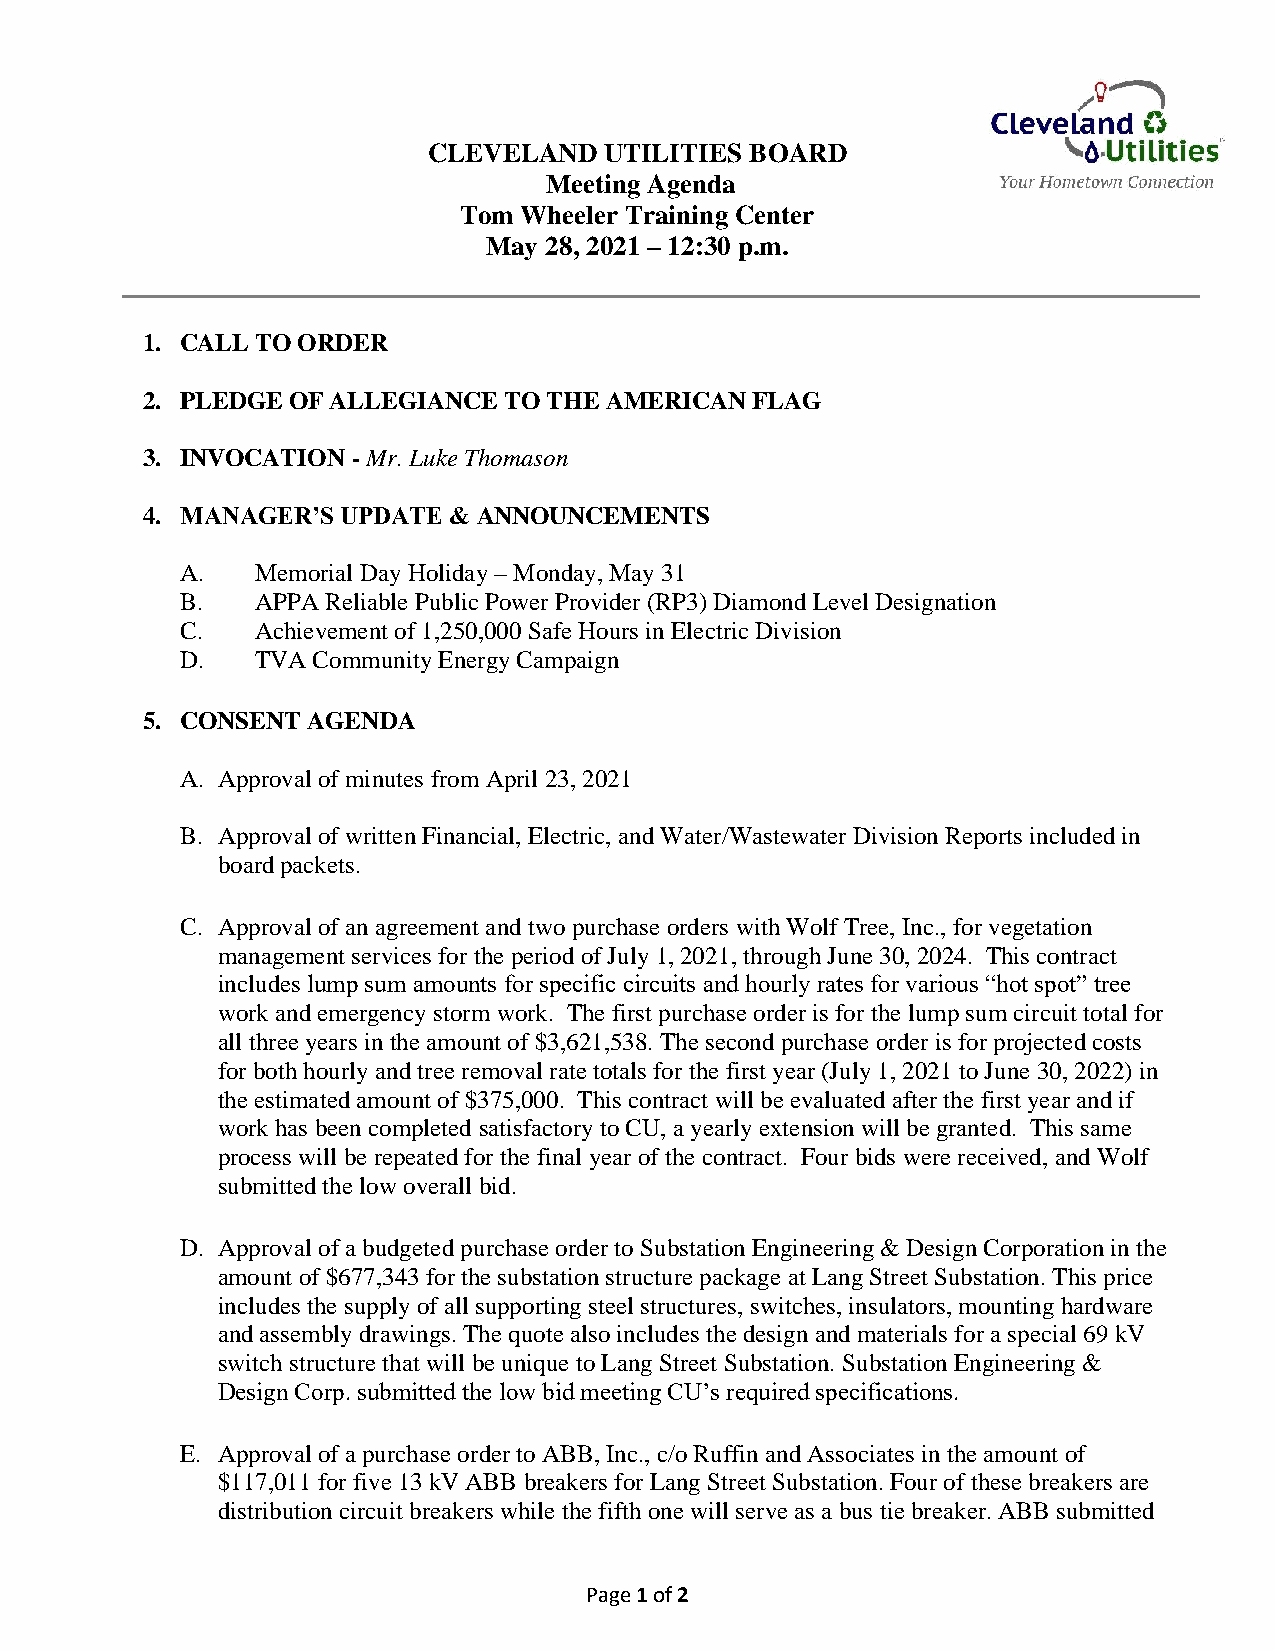
CLEVELAND   UTILITIES BOARD
 Meeting Agenda
 Tom  Wheeler Training Center
 May 28, 2021 – 12:30 p.m.
 1. CALL TO ORDER
 2. PLEDGE OF ALLEGIANCE TO THE AMERICAN  FLAG
 3. INVOCATION - Mr. Luke Thomason
 4. MANAGER’S  UPDATE & ANNOUNCEMENTS
 A.   Memorial Day Holiday – Monday, May 31
 B.   APPA Reliable Public Power Provider (RP3) Diamond Level Designation
 C.   Achievement of 1,250,000 Safe Hours in Electric Division
 D.   TVA Community Energy Campaign
 5. CONSENT AGENDA
 A. Approval of minutes from April 23, 2021
 B. Approval of written Financial, Electric, and Water/Wastewater Division Reports included in
 board packets.
 C. Approval of an agreement and two purchase orders with Wolf Tree, Inc., for vegetation
 management services for the period of July 1, 2021, through June 30, 2024. This contract
 includes lump sum amounts for specific circuits and hourly rates for various “hot spot” tree
 work and emergency storm work. The first purchase order is for the lump sum circuit total for
 all three years in the amount of $3,621,538. The second purchase order is for projected costs
 for both hourly and tree removal rate totals for the first year (July 1, 2021 to June 30, 2022) in
 the estimated amount of $375,000. This contract will be evaluated after the first year and if
 work has been completed satisfactory to CU, a yearly extension will be granted. This same
 process will be repeated for the final year of the contract. Four bids were received, and Wolf
 submitted the low overall bid.
 D. Approval of a budgeted purchase order to Substation Engineering & Design Corporation in the
 amount of $677,343 for the substation structure package at Lang Street Substation. This price
 includes the supply of all supporting steel structures, switches, insulators, mounting hardware
 and assembly drawings. The quote also includes the design and materials for a special 69 kV
 switch structure that will be unique to Lang Street Substation. Substation Engineering &
 Design Corp. submitted the low bid meeting CU’s required specifications.
 E. Approval of a purchase order to ABB, Inc., c/o Ruffin and Associates in the amount of
 $117,011 for five 13 kV ABB breakers for Lang Street Substation. Four of these breakers are
 distribution circuit breakers while the fifth one will serve as a bus tie breaker. ABB submitted
 Page 1 of 2